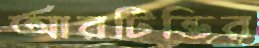
আরটিভির